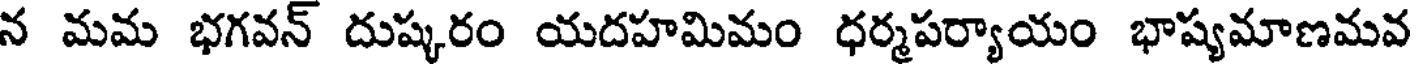
న మమ భగవన్ దుష్కరం యదహమిమం ధర్మపర్యాయం భాష్యమాణమవ